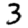
Digit: 3